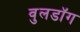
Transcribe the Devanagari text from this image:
वुलडॉग